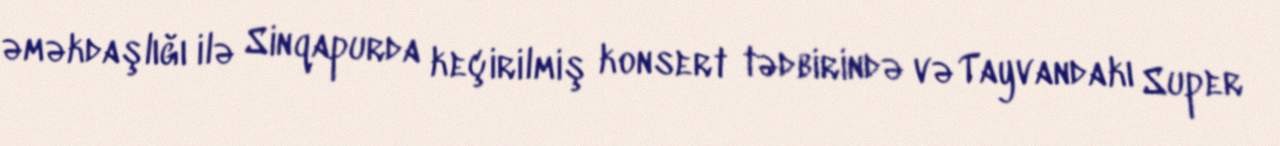
əməkdaşlığı ilə Sinqapurda keçirilmiş konsert tədbirində və Tayvandakı Super